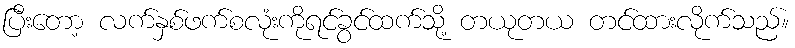
ပြီးတော့ လက်နှစ်ဖက်စလုံးကိုရင်ခွင်ထက်သို့ တယုတယ တင်ထားလိုက်သည်။